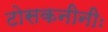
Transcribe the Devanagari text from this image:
टोसकनीनीः